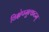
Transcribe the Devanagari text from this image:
विक्षेपमुत्कटम्